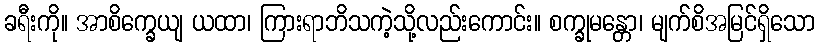
ခရီးကို။ အာစိက္ခေယျ ယထာ၊ ကြားရာဘိသကဲ့သို့လည်းကောင်း။ စက္ခုမန္တော၊ မျက်စိအမြင်ရှိသော